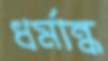
ধর্মান্ধ